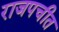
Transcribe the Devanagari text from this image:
राजपचीत